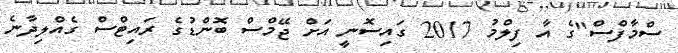
ސްމާފްސް"ގެ އާ ފިލްމު 2017 ގައިސޮނީ އަށް ޖޭމްސް ބޮންޑުގެ ރައިޓްސް ގެއްލިދާނެ